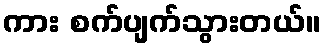
ကား စက်ပျက်သွားတယ်။